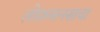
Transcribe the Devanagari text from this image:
लोकमानसाचा